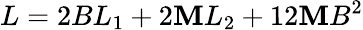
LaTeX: L=2BL_{1}+2\mathbf{M}L_{2}+12\mathbf{M}B^{2}